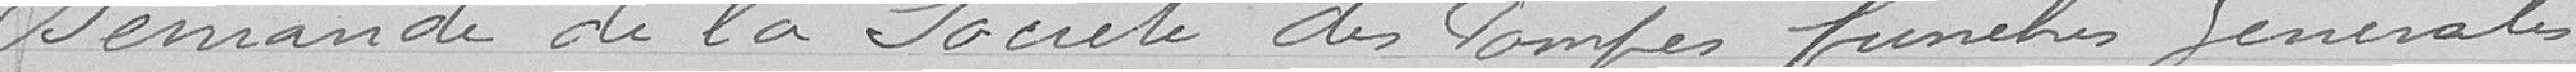
Demande de la société des pompes funèbres générales